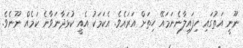
ނޫނީ އަތުގައި ހިފައިލާނެނަމައޭ ހިތަށް އަރައެވެ. އެކަމަކު އެއީ ކުޅަދާނަވާނެ ކަމެއް ނޫނެވެ.